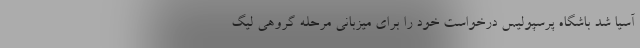
آسیا شد باشگاه پرسپولیس درخواست خود را برای میزبانی مرحله گروهی لیگ